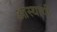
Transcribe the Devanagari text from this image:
आस्थायी